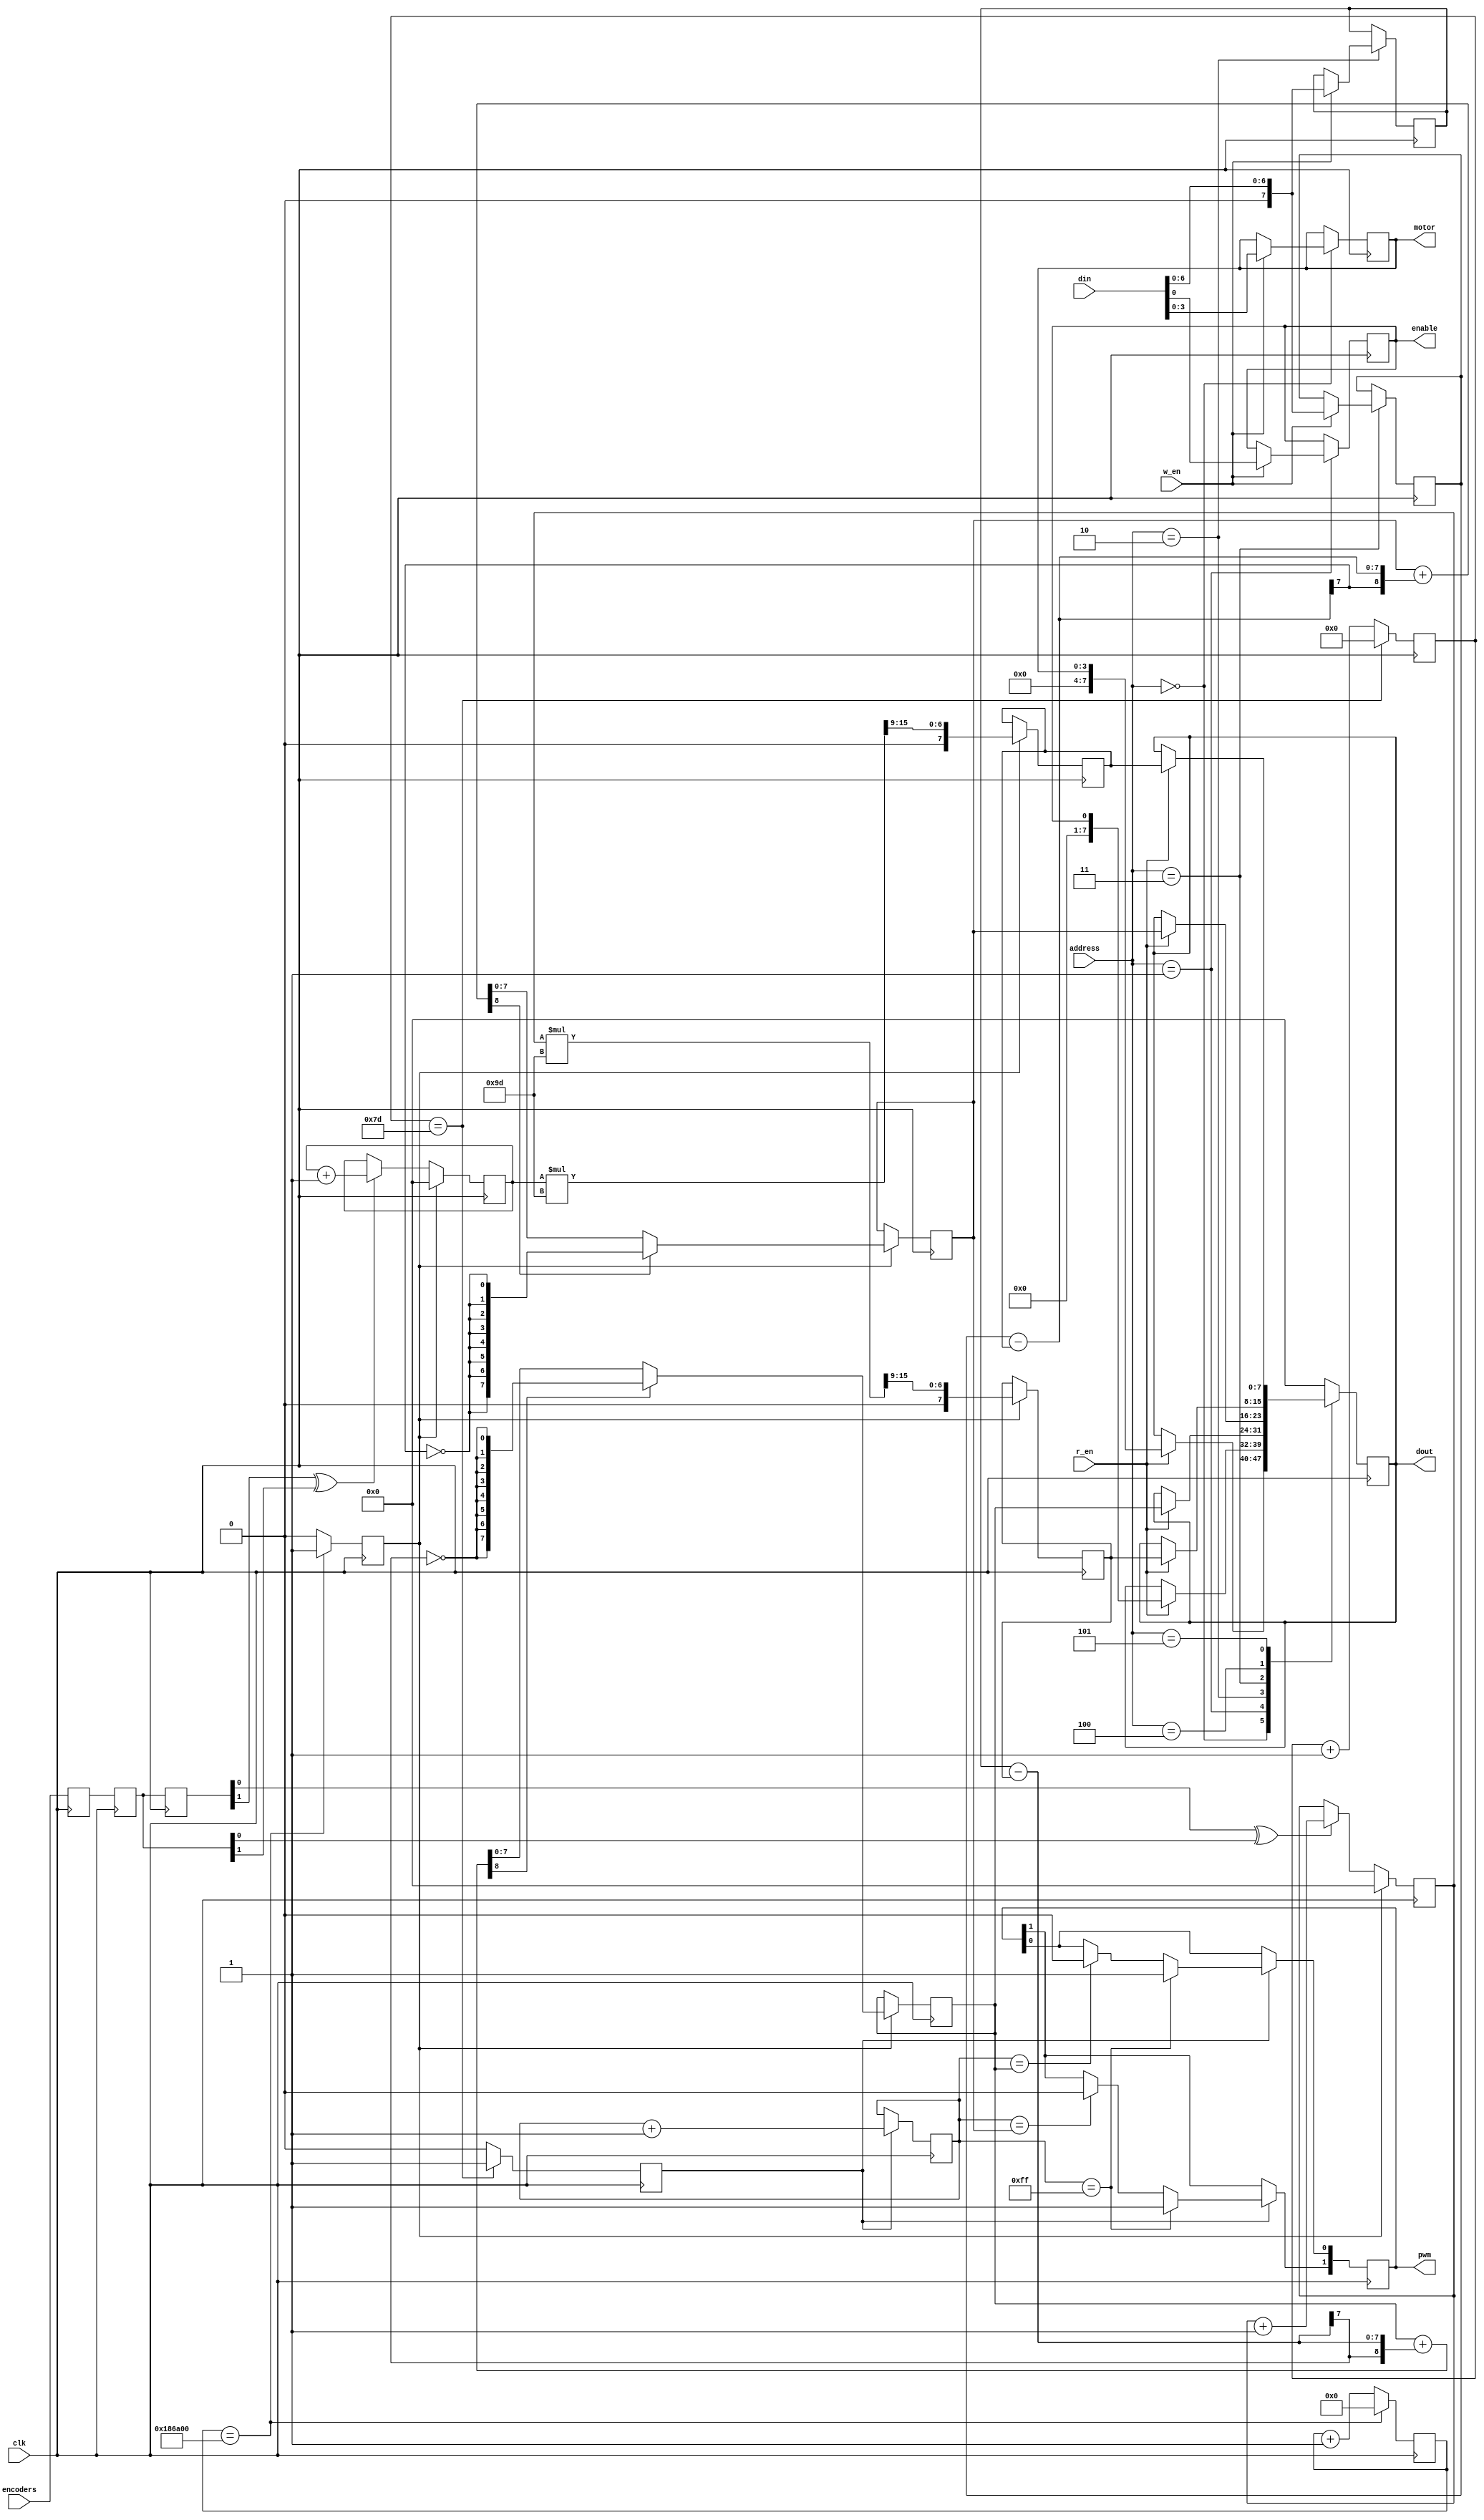
module motor_controller(input wire clk,
						input wire [7:0] din,
						input wire [7:0] address,
						input wire w_en,
						input wire r_en,
						output reg [7:0] dout,

						input wire [1:0] encoders,
						output reg [1:0] pwm,
						output reg [3:0] motor,
						output reg enable
);
	parameter F_CPU = 16000000;
	//***************************************************************
	parameter MOTOR_CONTROLLER_ADDRESS = 8'h00;
	localparam MOTOR_ADDRESS = MOTOR_CONTROLLER_ADDRESS;
	localparam ENABLE_ADDRESS = MOTOR_CONTROLLER_ADDRESS + 1;
	localparam SPEED_0_ADDRESS = MOTOR_CONTROLLER_ADDRESS + 2;
	localparam SPEED_1_ADDRESS = MOTOR_CONTROLLER_ADDRESS + 3;
	localparam RPM_0_ADDRESS = MOTOR_CONTROLLER_ADDRESS + 4;
	localparam RPM_1_ADDRESS = MOTOR_CONTROLLER_ADDRESS + 5;
	//***************************************************************
	always @(posedge clk) begin
		case(address)
			MOTOR_ADDRESS: begin
				if(w_en) begin
					motor <= din[3:0];
				end
				if(r_en) begin
					dout <= {4'b0,motor};
				end
			end
			ENABLE_ADDRESS: begin
				if(w_en) begin
					enable <= din[0];
				end
				if(r_en) begin
					dout <= {7'b0,enable};
				end
			end
			SPEED_0_ADDRESS: begin
				if(w_en) begin
					speed_0 <= {1'b0,din[6:0]};
				end
				if(r_en) begin
					dout <= cmpr0;
				end
			end
			SPEED_1_ADDRESS: begin
				if(w_en) begin
					speed_1 <= {1'b0,din[6:0]};
				end
				if(r_en) begin
					dout <= cmpr1;
				end
			end
			RPM_0_ADDRESS: begin
				if(r_en) begin
					dout <= rpm_0;
				end
			end
			RPM_1_ADDRESS: begin
				if(r_en) begin
					dout <= rpm_1;
				end
			end
			default begin
                dout <= 0;
            end
		endcase 
	end
	//***************************************************************
	// PWM
	reg [15:0] prescaler;
	reg scaled;
	localparam SCALE_FACTOR = 16'd125;
	always @(posedge clk) begin
		if(prescaler == SCALE_FACTOR) begin
			scaled <= 1;
			prescaler <= 0;
		end
		else begin
			scaled <= 0;
			prescaler <= prescaler + 1;
		end
	end

	reg [7:0] pwm_counter;
	reg [7:0] cmpr0;
	reg [7:0] cmpr1;
	always @(posedge clk) begin
		if(scaled) begin
			if(pwm_counter == 8'd255) begin         // If finished 256 cycles
                    pwm[0] <= 1;                    // On next edge (start of zero), set the outputs to 1
                    pwm[1] <= 1;
            end
            else begin
                if(pwm_counter == cmpr0) begin     // On match
                	pwm[0] <= 0;                   // clear pwm[0]
                end
                if(pwm_counter == cmpr1) begin     // On match
                	pwm[1] <= 0;                   // clear pwm[1]
                end
            end
            pwm_counter <= pwm_counter + 1;
		end
	end
	//***************************************************************
	// Encoders, RPM Calculation, and Integral Speed Control

	// The encoders have 10 poles, so there are 10 edges per 
	// encoder revolution. The gear ratio is 195.3:1, so there are 
	// 1953 edges per revolution of the wheel. 
	//
	// Our sample window time is 0.1 seconds, so the wheel's RPM can
	// be calulated by:
	// RPM = n*((60*revolution/(1953*encoder_counts))/(0.1 seconds)),
	// where n is the number of encoder counts measured in the 0.1
	// second interval.
	//
	// This reduces to n*(60/195.3) or approximately n*0.3072197.
	// We can write this in binary as n*0.010011101 but this is actually 
	// 0.306640625 in decimal.
	//
	// The quantazation noise is given by 60/195.3 or about 0.3072197 RPM.
	//
	// The maximum speed of the motor is 70 RPM, which corresponds to
	// about n = 227.85. Computing 227.85*(0.3072197 - 0.306640625) gives
	// approximately 0.1319. Thus the rounding gives a maximum error of
	// about 0.1319 RPM.
	//
	// So the maximum error should be about 0.3072 + 0.1319, or
	// 0.4391 RPM. Thus it only makes sense to report the integer portion
	// of the RPM calculation to the user.

	// Synchronizers to prevent metastability and brings the 
	// asynchronous encoder pulses into the clock domain
	reg [1:0] d0 = 0;
	reg [1:0] d1 = 0;
	always @(posedge clk) begin
		d0 <= encoders;
		d1 <= d0;
	end

	// These hold the target RPM values. These are 8-bit signed numbers,
	// but will always be positive. 
	reg [7:0] speed_0 = 0;
	reg [7:0] speed_1 = 0;

	// These hold the number of encoder counts in the 0.1 second window
	reg [7:0] encoder_count_0 = 0;
	reg [7:0] encoder_count_1 = 0;

	// These hold the measured RPM values in fixed point.
	// The upper 7-bits are the integer portion, and the lower
	// 9 bits are the fractional portion
	wire [15:0] full_rpm_0 = encoder_count_0*157;
	wire [15:0] full_rpm_1 = encoder_count_1*157;

	// These hold the measured RPM values, and are updated every 0.1
	// seconds. The MSB is always zero, and the 7 LSBs are from
	// the integer portion of the full_rpm registers. These are
	// 8-bit signed numbers, but will always be positive.
	reg [7:0] rpm_0 = 0;
	reg [7:0] rpm_1 = 0;

	// These hold the difference between the target speed, and
	// the measured RPM. These are 8-bit signed numbers.
	wire [7:0] error_0 = speed_0 - rpm_0;
	wire [7:0] error_1 = speed_1 - rpm_1;

	// These hold the next values of the PWM compare match registers.
	// Checking is done for overflow/underflow in the always block. 
	// These are 9 bit signed numbers.
	wire [8:0] next_0 = {1'b0,cmpr0} + {{1{error_0[7]}},error_0};
	wire [8:0] next_1 = {1'b0,cmpr1} + {{1{error_1[7]}},error_1};

	// Used to detect encoder pulse edges
	reg [1:0] edge_delay = 0;

	always @(posedge clk) begin
		edge_delay <= d1;
		if(strobe) begin
			rpm_0 <= {1'b0,full_rpm_0[15:9]};
			rpm_1 <= {1'b0,full_rpm_1[15:9]};
			encoder_count_0 <= 0;
			encoder_count_1 <= 0;
			if(~next_0[8]) begin
				cmpr0 <= next_0[7:0];
			end
			else begin
				cmpr0 <= {8{~error_0[7]}};
			end
			if(~next_1[8]) begin
				cmpr1 <= next_1[7:0];
			end
			else begin
				cmpr1 <= {8{~error_1[7]}};
			end
		end
		else begin
			if(edge_delay[0] ^ d1[0]) begin
				encoder_count_0 <= encoder_count_0 + 1;
			end
			if(edge_delay[1] ^ d1[1]) begin
				encoder_count_1 <= encoder_count_1 + 1;
			end
		end
	end
	//***************************************************************
	// Sample window generation. Strobe asserts every 0.1 seconds
	// for a single clock cycle
	
	localparam WIDTH = $clog2(F_CPU/10);

	wire [WIDTH:0] strobe_scale_factor = F_CPU/10;

	reg [WIDTH:0] x = 0;
	reg strobe = 0;
	always @(posedge clk) begin
		if(x == strobe_scale_factor) begin
			x <= 0;
			strobe <= 1;
		end
		else begin
			x <= x + 1;
			strobe <= 0;
		end
	end
	//***************************************************************
endmodule